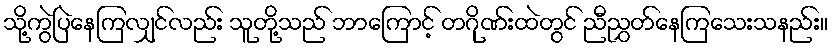
သို့ကွဲပြဲနေကြလျှင်လည်း သူတို့သည် ဘာကြောင့် တဂိုဏ်းထဲတွင် ညီညွှတ်နေကြသေးသနည်း။